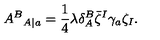
{ A ^ { B } } _ { A | a } = { \frac { 1 } { 4 } } \lambda \delta _ { A } ^ { B } \bar { \zeta } ^ { I } \gamma _ { a } \zeta _ { I } .